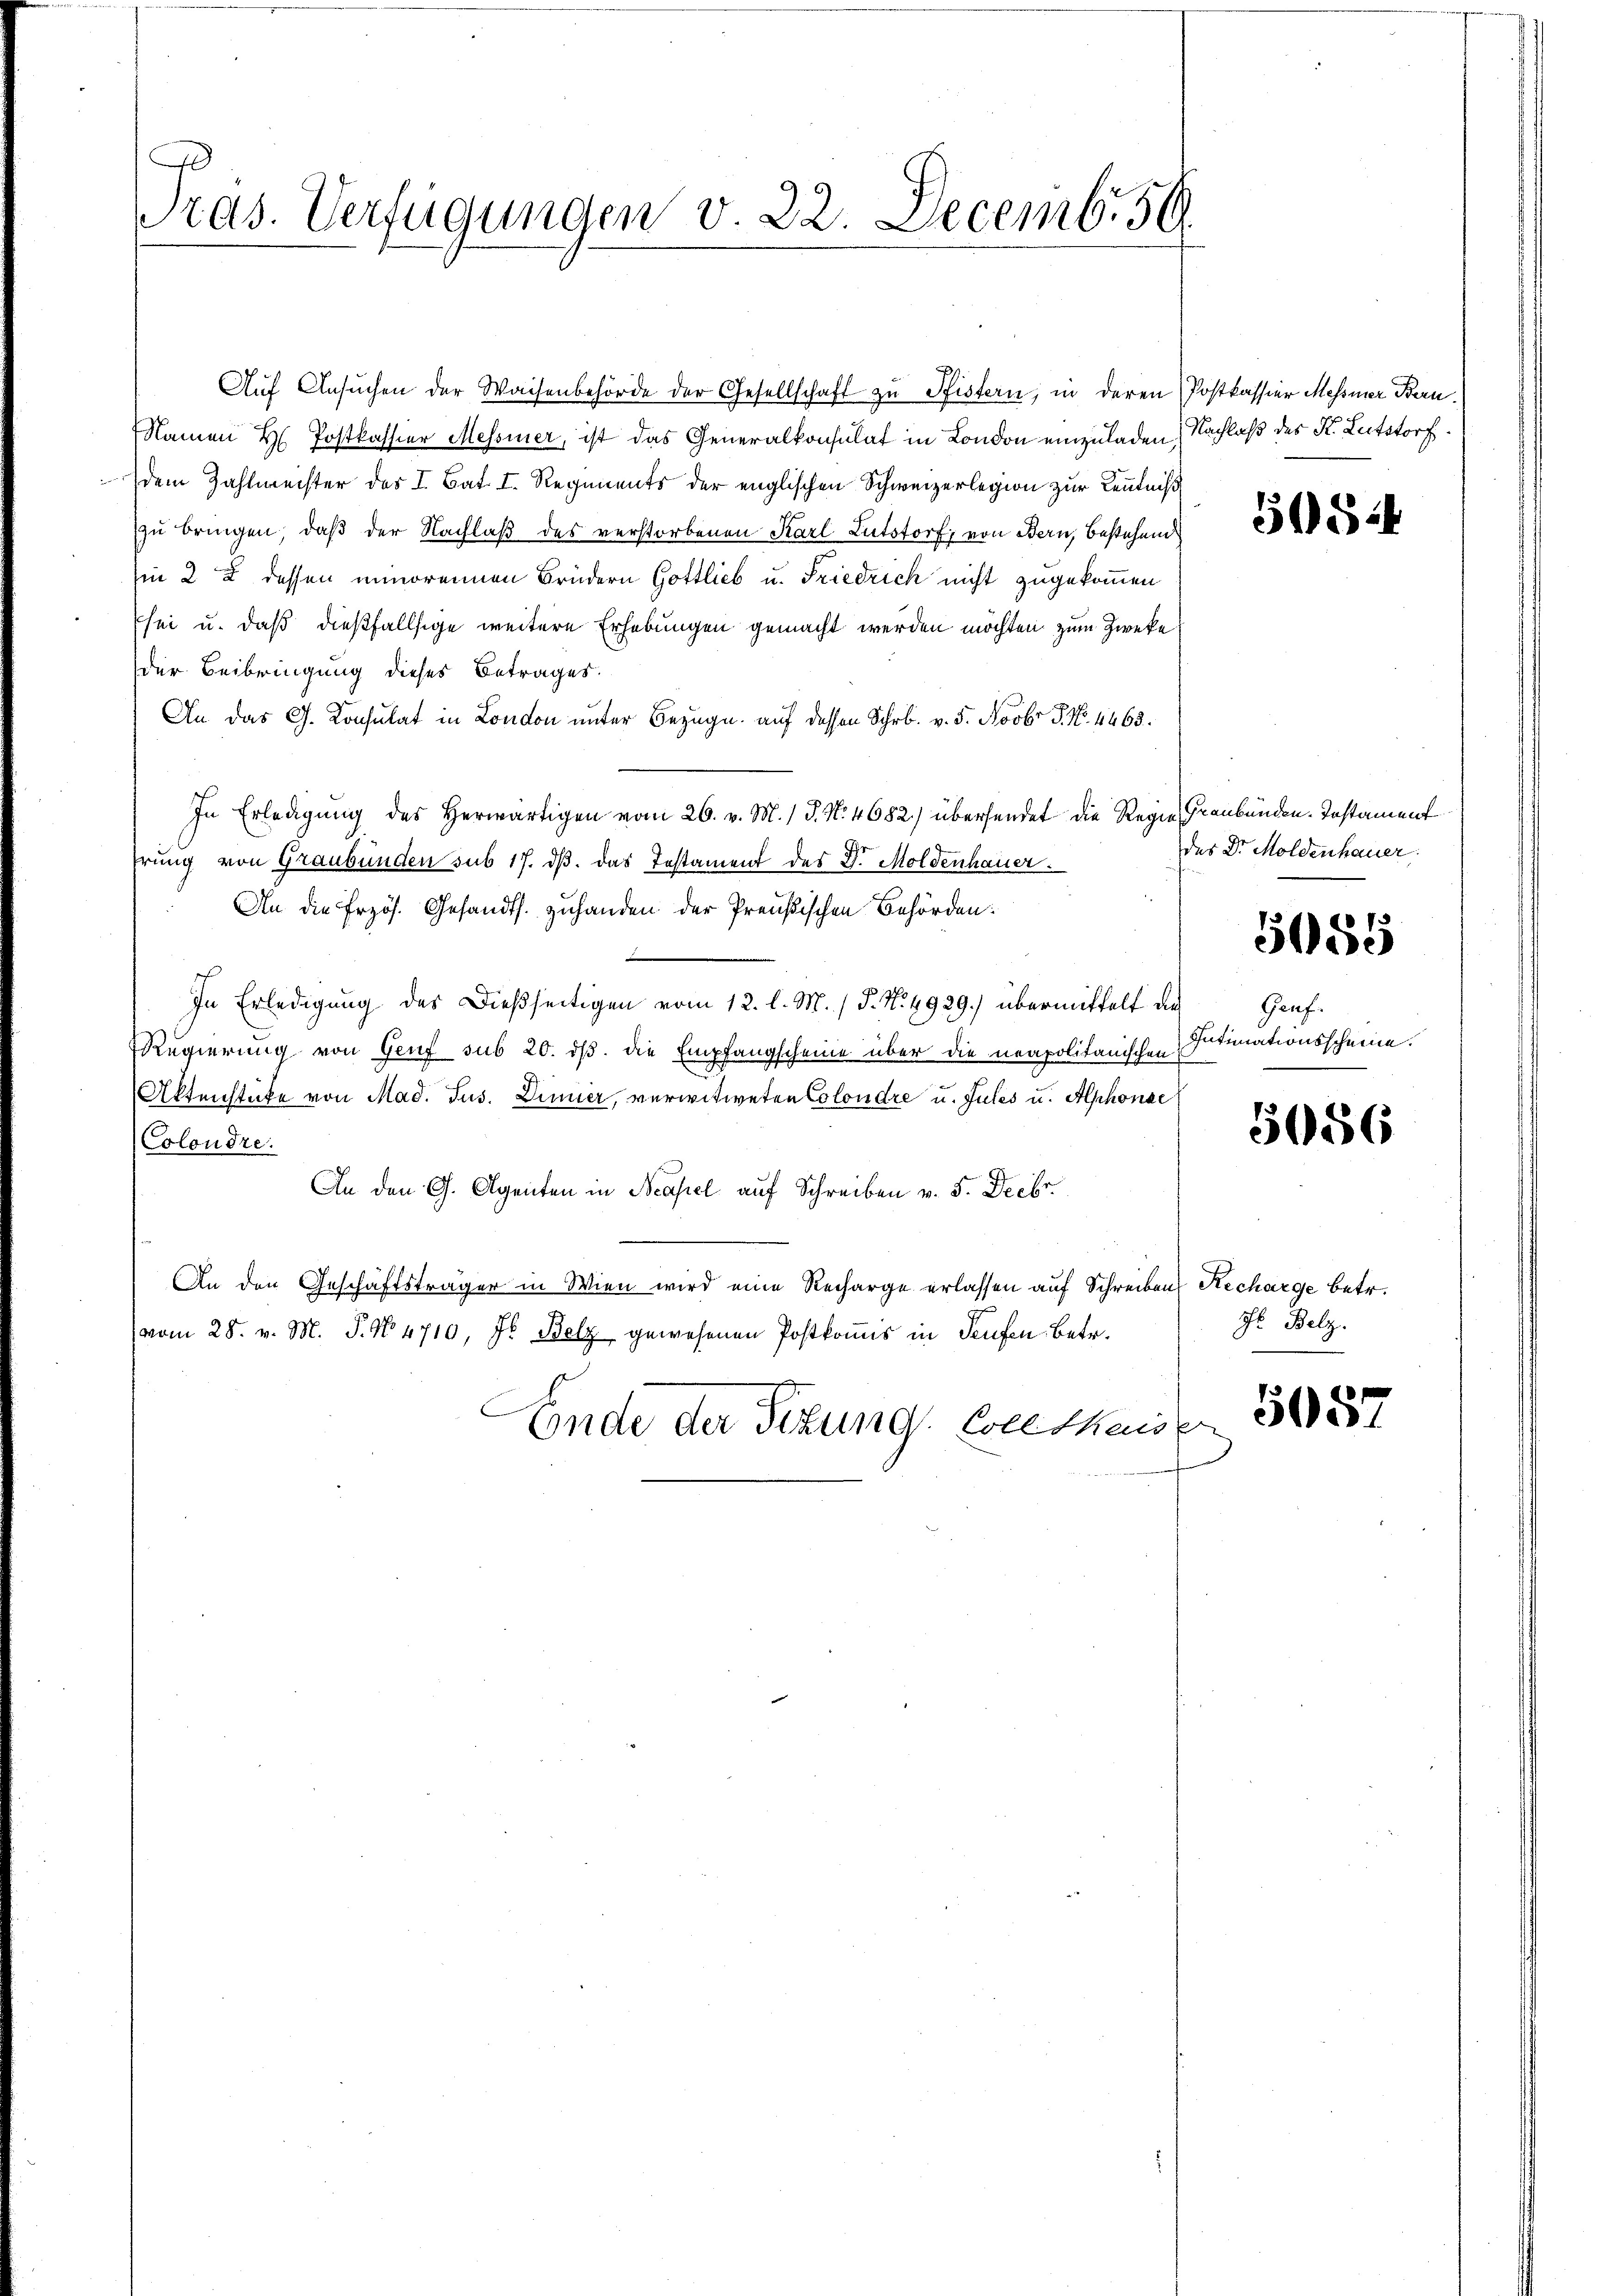
x
Pras. Verfügungen v. 22. Decemb. 56

Namen H. Postkassier Messiner, ist das Generalkonsulat in London einzuladen Nachlaß des St. Letstorf.
dem Zahlmeister des I. Bat. I. Regiments der englischen Schweizerlegion zur Kenntniß
zu bringen, daß der Nachlaß des verstorbenen Karl Lutstorf, von Bern, bestehend
in 22 dessen minorennen Brüdern Gottlieb u. Friedrich nicht zugekommen
sei u. daß dießfallsige weitere Erhebungen gemacht werden möchten zum Zweke
der Beibringung dieses Betrages.
An das G. Konsulat in Londo unter Bezug auf dessen Schr. v. 5. Novbr P. Nr. 4463.
In Erledigung des Herwärtigen vom 26. v. M. 1 S. N. 4682) übersendet die Regie Graubünden. Instament
rrung von Graubünden sub 17. dβ. das Testament der Dr. Moldenhauer.
An die Przös. Gesandts. zuhanden der Preußischen Behörden.
In Erledigung des Dießseitigen vom 12. l. M. / P. N. 4929.) übermittelt die Genf.
Regierung von Genf sub 20. ds. die Empfangscheine über die neapolitanischen
Aktenstücke von Mad. Jus. Dimier, verwitweten Colondre u. Jules u. Alphonae
Colondre.
An den G. Agenten in Neapel auf Schreiben v. 5. Decbr.
An den Geschäftsträger in Wien wird eine Recharge erlassen auf Schreibens Recharge betr.
vom 28. v. M. P. No 4710, Fr. Belz gewesenen Postkomis in Teufen betr.
Ende der Sitzung Crethenden

Aŭf Ansŭchen der Waisenbehörde der Gesellschaft zu Pfistern, in deren Postkassier Messiner Beru¬

505.

des Dr. Moldenhauer

5085

Intimationsscheine.

5056

Jr. Belz.

5087